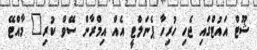
ޝޫޓް އައުޓްގައި ޖެހި ހުރިހާ ޕެނަލްޓީ އެއް އިމްރާން ސޭވް ކުރި" މާއްޓޭ